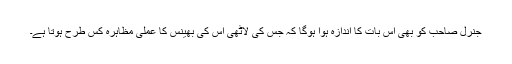
جنرل صاحب کو بھی اس بات کا اندازہ ہوا ہوگا کہ جس کی لاٹھی اس کی بھینس کا عملی مظاہرہ کس طرح ہوتا ہے۔